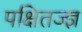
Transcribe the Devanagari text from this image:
पक्षितज्‍ज्ञ